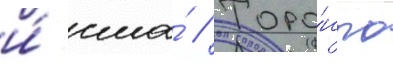
и́ сша́ // Торо́нто